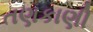
તણકાણી